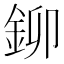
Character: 鉚